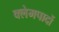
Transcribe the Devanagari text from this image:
क्लेमपादों